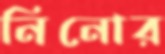
নিনোর